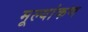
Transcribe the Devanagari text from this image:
मूल्यांकण